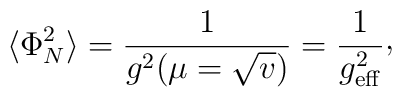
\langle\Phi_{N}^{2}\rangle = {1\over g^{2}(\mu =\sqrt{v})}={1\over g_{\rm eff}^{2}}\raise 2pt\hbox{,}